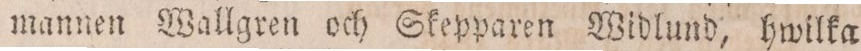
mannen Wallgren och Skepparen Widlund, hwilka